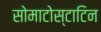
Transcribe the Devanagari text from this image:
सोमाटोस्टाटिन